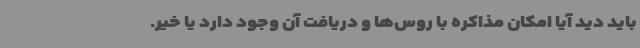
باید دید آیا امکان مذاکره با روس‌ها و دریافت آن وجود دارد یا خیر.